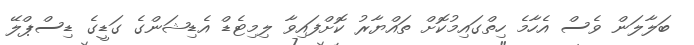
ބަލާލަން ވެސް އެހާމެ ހިތްގައިމުކޮށް ތައްޔާރު ކޮށްފައިވާ ލިމިޓެޑް އެޑިޝަންގެ ގަޑީގެ ޑިސްޕްލޭ